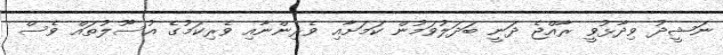
ނަޝީދު ވިދާޅުވީ ރާއްޖެ ދަނީ ބަދަލުވަމުން ކަމަށާއި ވެރިންނާއި ވެރިކަމުގެ އުސޫލުތައް ވެސް